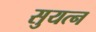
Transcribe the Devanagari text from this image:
सुयत्न